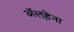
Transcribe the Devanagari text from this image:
अॅल्हेना